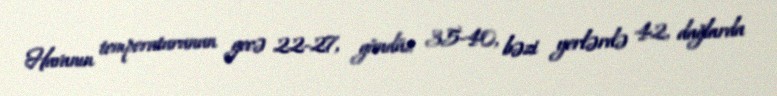
Havanın temperaturunun gecə 22-27, gündüz 35-40, bəzi yerlərdə 42, dağlarda